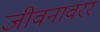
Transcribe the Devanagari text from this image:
जीवनावरर